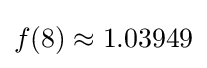
f(8)\approx 1.03949